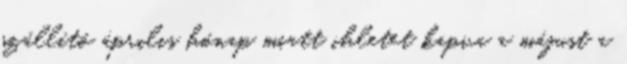
szállító április hónap miatt ihletet kapva a májust a